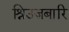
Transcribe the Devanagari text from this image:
श्रिउज़बारि